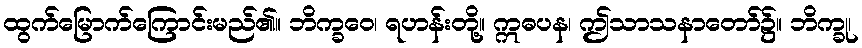
ထွက်မြောက်ကြောင်းမည်၏။ ဘိက္ခဝေ၊ ရဟန်းတို့။ ဣဓပန၊ ဤသာသနာတော်၌။ ဘိက္ခု၊